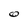
Character: O